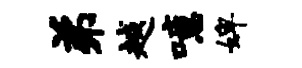
弟越噫婢